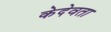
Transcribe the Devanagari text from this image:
केदेवता